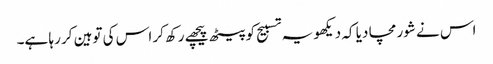
اس نے شور مچا دیا کہ دیکھو یہ تسبیح کو پیٹھ پیچھے رکھ کر اس کی توہین کر رہا ہے۔